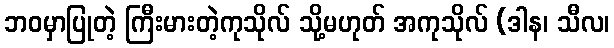
ဘဝမှာပြုတဲ့ ကြီးမားတဲ့ကုသိုလ် သို့မဟုတ် အကုသိုလ် (ဒါန၊ သီလ၊